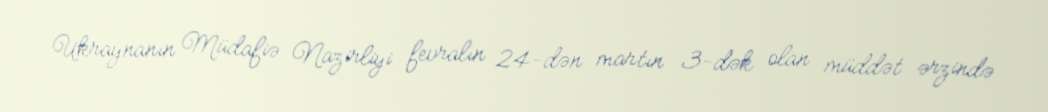
Ukraynanın Müdafiə Nazirliyi fevralın 24-dən martın 3-dək olan müddət ərzində